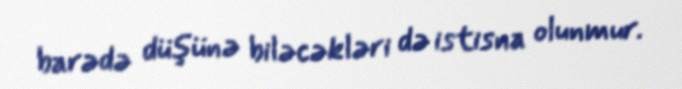
barədə düşünə biləcəkləri də istisna olunmur.